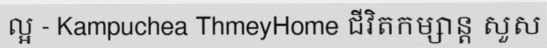
ល្អ - Kampuchea ThmeyHome ជីវិតកម្សាន្ត សួស